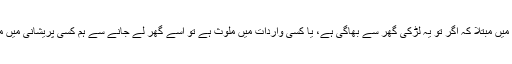
میں اس پریشانی میں مبتلا کہ اگر تو یہ لڑکی گھر سے بھاگی ہے، یا کسی واردات میں ملوث ہے تو اسے گھر لے جانے سے ہم کسی پریشانی میں مبتلا نہ ہو جائیں۔